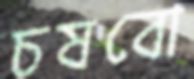
চষবো